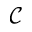
\mathcal { C }